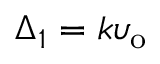
\Delta _ { 1 } = k \upsilon _ { \mathrm { o } }